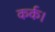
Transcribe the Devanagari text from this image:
कर्क।